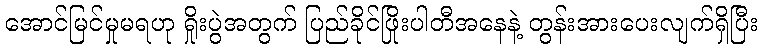
အောင်မြင်မှုမရဟု ရှိုးပွဲအတွက် ပြည်ခိုင်ဖြိုးပါတီအနေနဲ့ တွန်းအားပေးလျက်ရှိပြီး